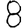
Digit: 8